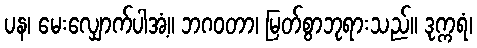
ပန၊ မေးလျှောက်ပါအံ့။ ဘဂဝတာ၊ မြတ်စွာဘုရားသည်။ ဒုက္ကရံ၊